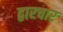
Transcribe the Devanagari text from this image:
द्वारचार